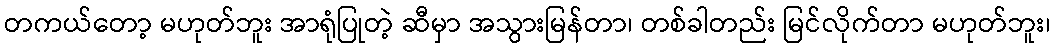
တကယ်တော့ မဟုတ်ဘူး အာရုံပြုတဲ့ ဆီမှာ အသွားမြန်တာ၊ တစ်ခါတည်း မြင်လိုက်တာ မဟုတ်ဘူး၊